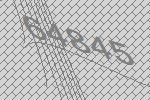
64845